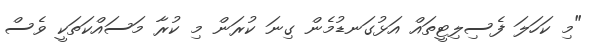
"މި ކަހަލަ ފެސިލިޓީތައް އަޅުގަނޑުމެން ގިނަ ކުރަން މި ކުރާ މަސައްކަތަކީ ވެސް